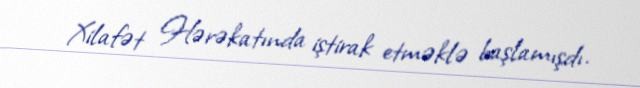
Xilafət Hərəkatında iştirak etməklə başlamışdı.